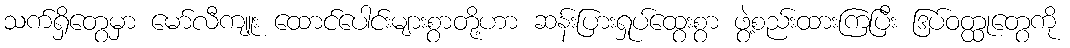
သက်ရှိတွေမှာ မော်လီကျူး ထောင်ပေါင်းများစွာတို့ဟာ ဆန်းပြားရှုပ်ထွေးစွာ ဖွဲ့စည်းထားကြပြီး ဒြပ်ဝတ္ထုတွေကို